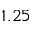
1 . 2 5